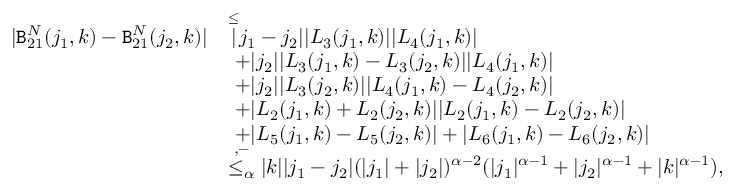
\begin{array} { r l } { | \mathtt { B } _ { 2 1 } ^ { N } ( j _ { 1 } , k ) - \mathtt { B } _ { 2 1 } ^ { N } ( j _ { 2 } , k ) | } & { \overset \le | j _ { 1 } - j _ { 2 } | | L _ { 3 } ( j _ { 1 } , k ) | | L _ { 4 } ( j _ { 1 } , k ) | } \\ & { \ + | j _ { 2 } | | L _ { 3 } ( j _ { 1 } , k ) - L _ { 3 } ( j _ { 2 } , k ) | | L _ { 4 } ( j _ { 1 } , k ) | } \\ & { \ + | j _ { 2 } | | L _ { 3 } ( j _ { 2 } , k ) | | L _ { 4 } ( j _ { 1 } , k ) - L _ { 4 } ( j _ { 2 } , k ) | } \\ & { \ + | L _ { 2 } ( j _ { 1 } , k ) + L _ { 2 } ( j _ { 2 } , k ) | | L _ { 2 } ( j _ { 1 } , k ) - L _ { 2 } ( j _ { 2 } , k ) | } \\ & { \ + | L _ { 5 } ( j _ { 1 } , k ) - L _ { 5 } ( j _ { 2 } , k ) | + | L _ { 6 } ( j _ { 1 } , k ) - L _ { 6 } ( j _ { 2 } , k ) | } \\ & { \overset { , - } { \le _ { \alpha } } | k | | j _ { 1 } - j _ { 2 } | ( | j _ { 1 } | + | j _ { 2 } | ) ^ { \alpha - 2 } ( | j _ { 1 } | ^ { \alpha - 1 } + | j _ { 2 } | ^ { \alpha - 1 } + | k | ^ { \alpha - 1 } ) , } \end{array}